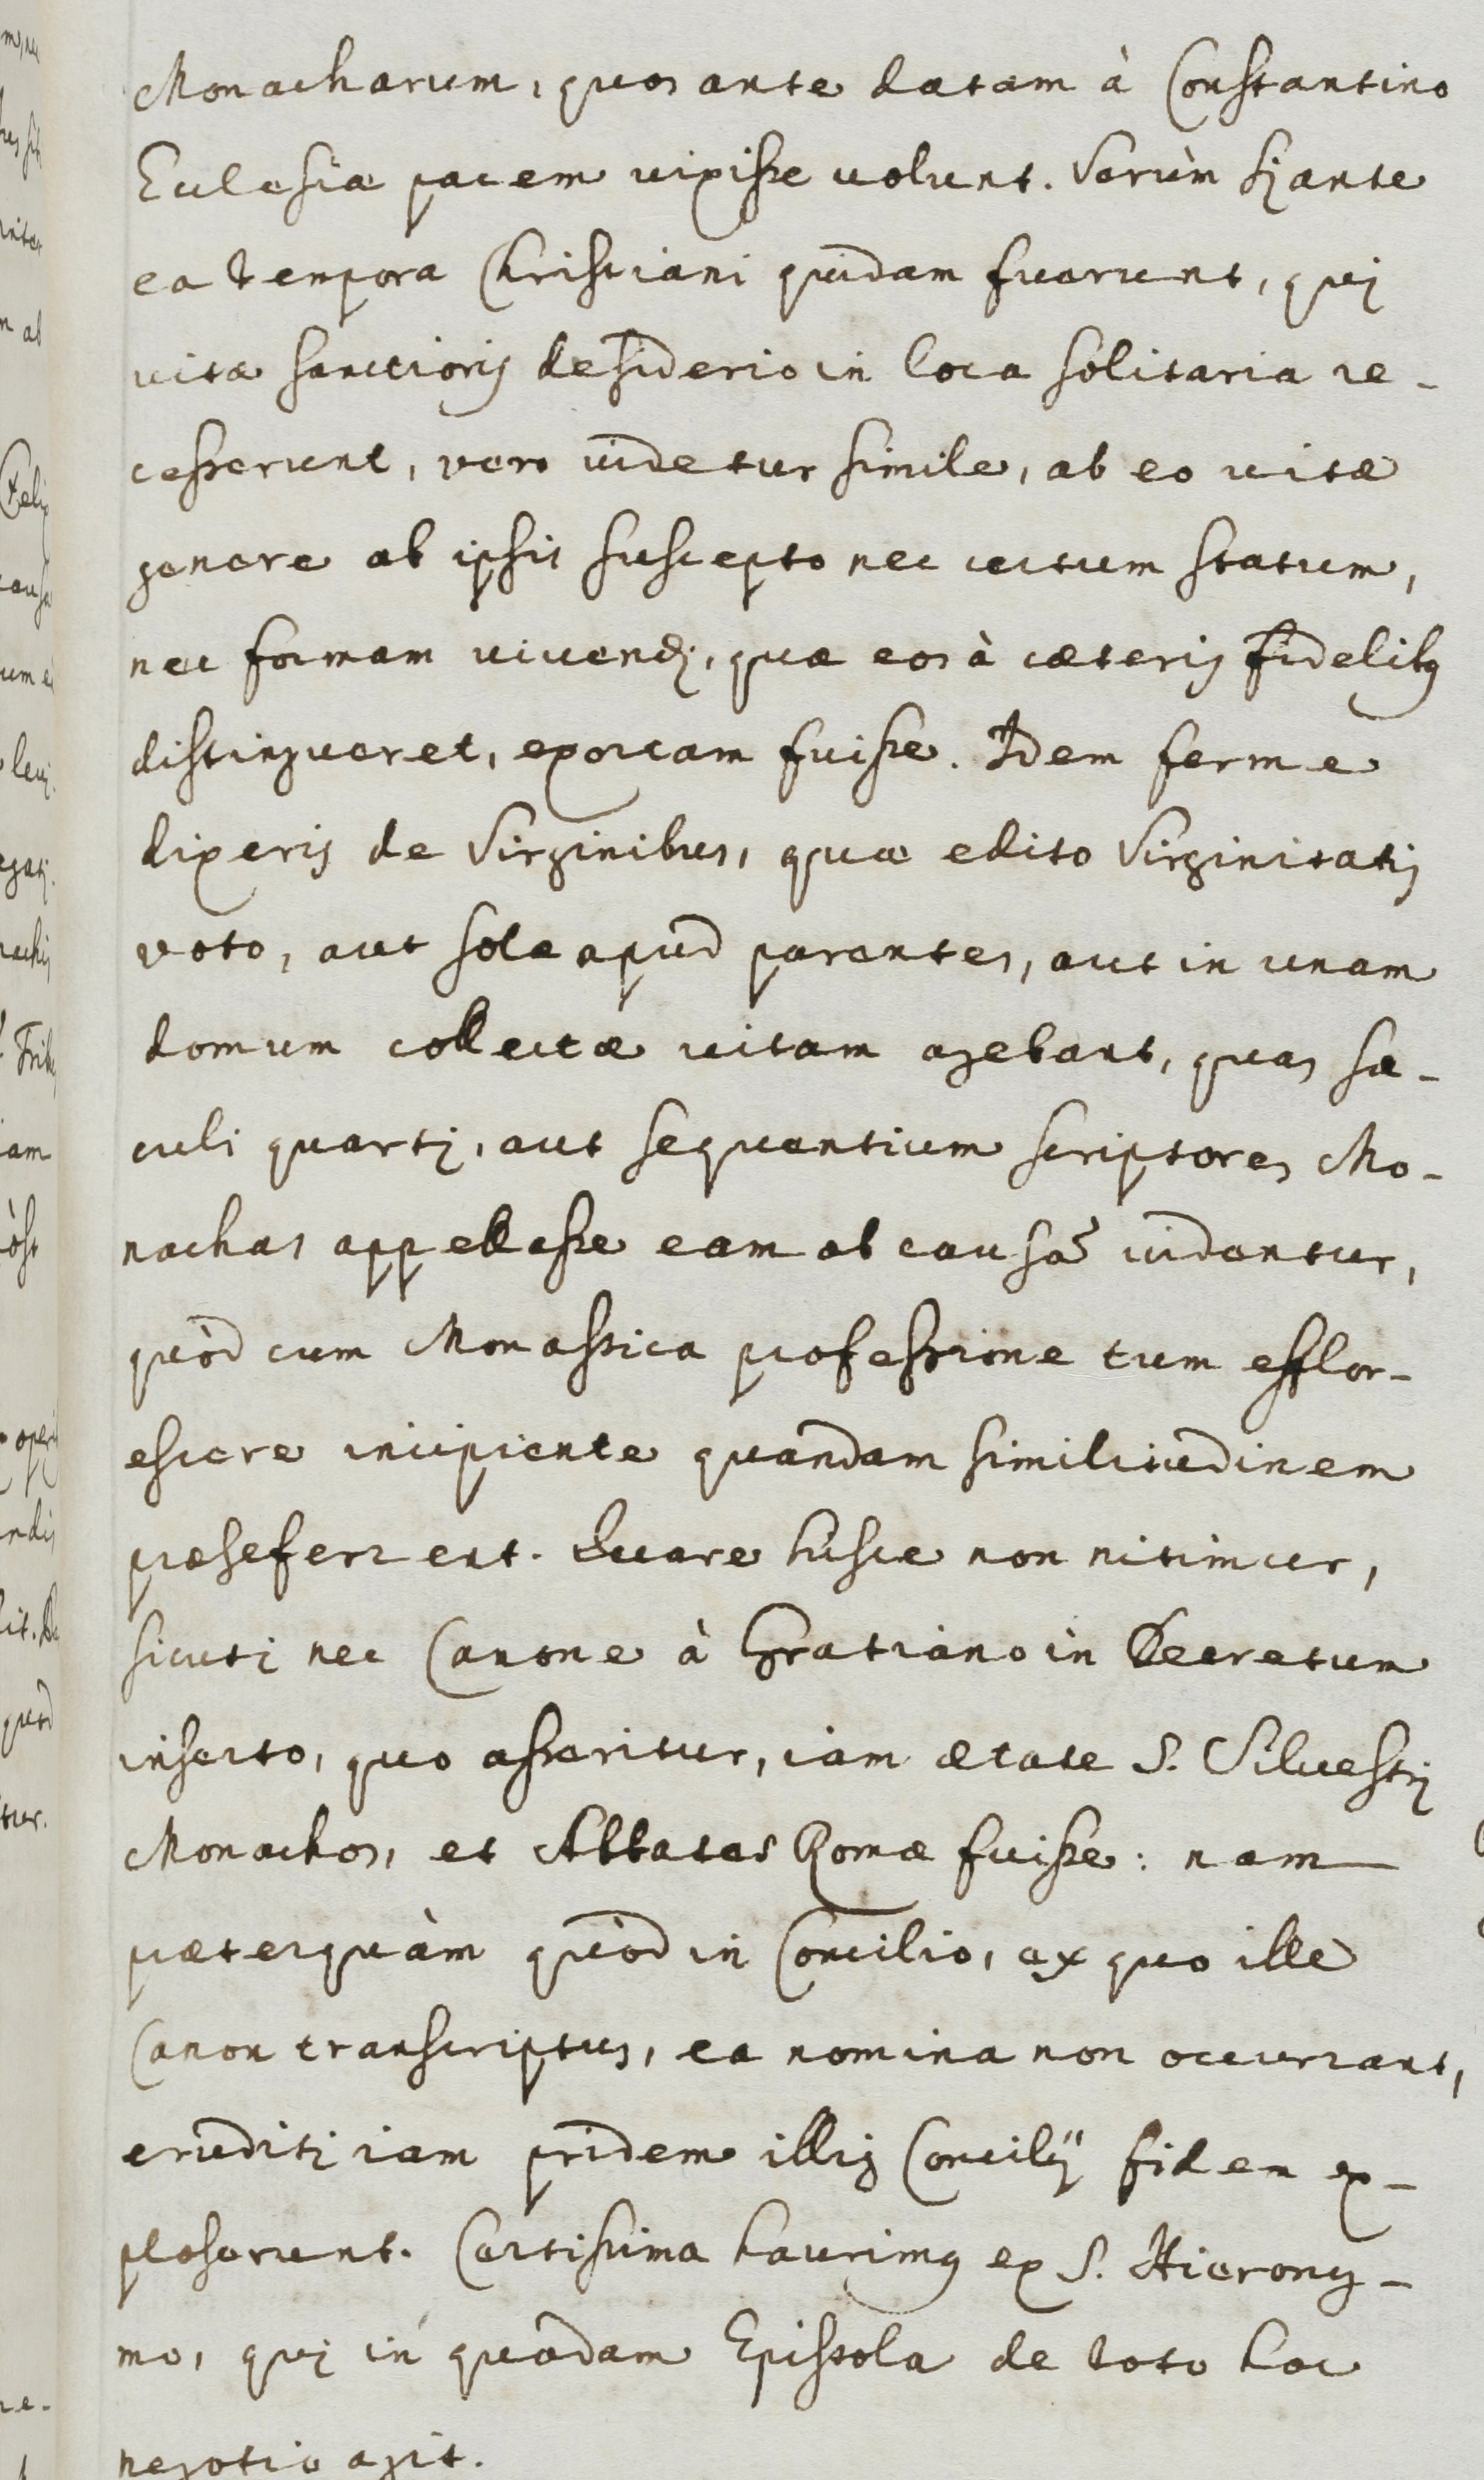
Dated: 1600–1699